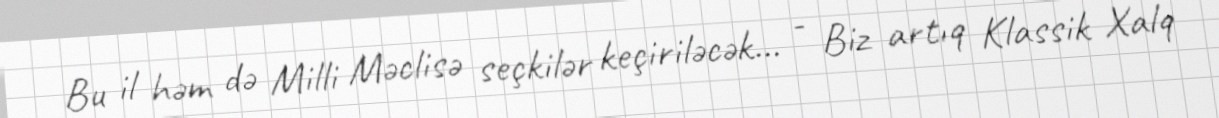
Bu il həm də Milli Məclisə seçkilər keçiriləcək... - Biz artıq Klassik Xalq